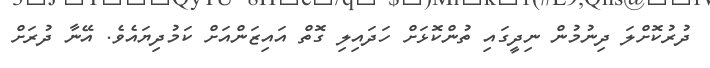
ދުރުކޮށްލަ ދިނުމުން ނިދީގައި ތުންކޮޅަށް ހަދައިލި ގޮތް އައިޒަންއަށް ކަމުދިޔައެވެ. އޭނާ ދުރަށް